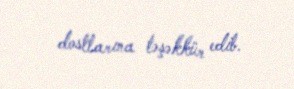
dostlarına təşəkkür edib.